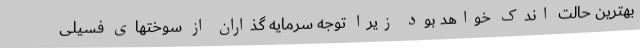
بهترین حالت اندک خواهد بود زیرا توجه سرمایه گذاران از سوختهای فسیلی